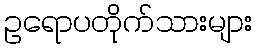
ဥရောပတိုက်သားများ